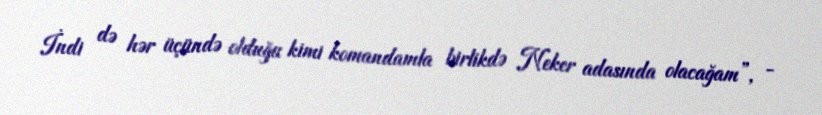
İndi də hər üçündə olduğu kimi komandamla birlikdə Neker adasında olacağam”, -